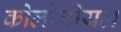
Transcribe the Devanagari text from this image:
कोलोनीयल